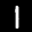
Label: 1